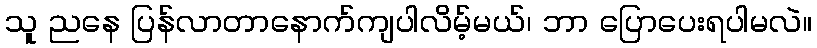
သူ ညနေ ပြန်လာတာနောက်ကျပါလိမ့်မယ်၊ ဘာ ပြောပေးရပါမလဲ။